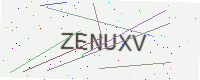
Text: ZENUXV